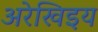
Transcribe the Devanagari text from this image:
अरेखिइय